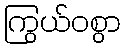
ကြွယ်ဝစွာ